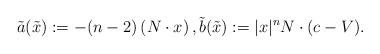
LaTeX: \begin{align*} \tilde a(\tilde x) := -(n-2)\left( N \cdot x \right), \tilde b(\tilde x) := {|x|^n} N \cdot (c - V). \end{align*}